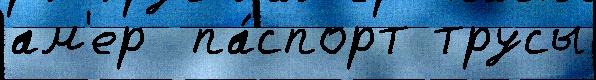
ам'ер  па́спорт трусы